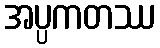
အပ္ပကတဿ